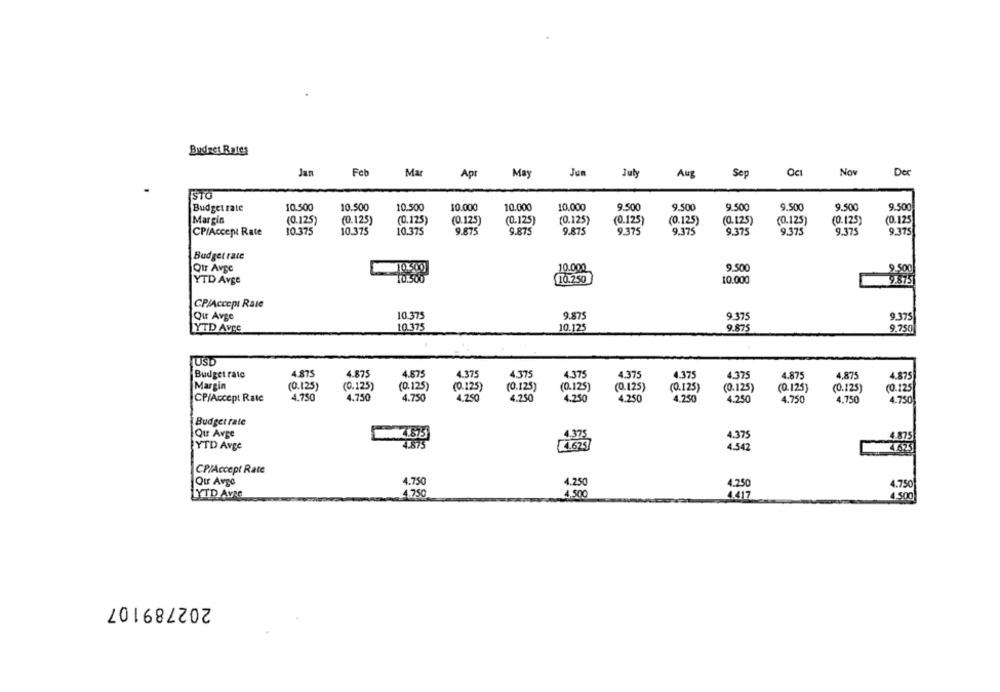
Budres Rates
Jan
Feb
Ma
Apr
May
Jun
July
Oct
Nov
Der
Aug
Sep
Budget rate
10.500
10.500
10.500
10.000
10.000
10.000
9.500
9.500
9.500
9.500
9.500
9.500
Margin
(0.125)
(0.125)
(0.125)
(0.125)
(0.125)
(0.125)
(0.125)
(0.125)
(0.125)
(0.125)
(0.125)
(0.125
CP/Accept Rate
10.375
10.375
10.375
9.875
9.875
9.875
9.375
9.375
9.375
9.375
9.375
9.375
Budget rate
Qtr Avpe
10.000
9.500
9.500
YTD Avge
10.250
10.000
9.875
CP/Accept Raie
Qur Avge
10.375
9.875
9.375
9.375
YTD Avec
10.375
10.125
9.875
9.750
Budget rate
4.875
4.875
4.575
4.375
4.375
4.375
4.375
4.375
4.375
4.875
4,875
4.875
Margin
(0.125)
(0.125)
(0.125)
(0.125)
(0.125)
(0.125)
(0.125)
(0.125)
(0.125)
(0.125)
(0.125)
(0.125
CP/Accept Rate
4.750
4.750
4.750
4.290
4.250
4.250
4.250
4.250
4.250
4.750
4.750
4.750
Budget rate
Qur Avge
4.375
4.875
YTD Avge
4.542
4.625
CP/Accept Rate
Our Avge
4.750
4.250
4.250
4.750
LYTD AvAS
4.750
4.500
4.417
4.500
202789107